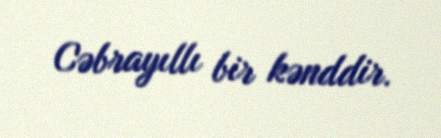
Cəbrayıllı bir kənddir.